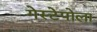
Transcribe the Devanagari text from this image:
गेस्टेपोला